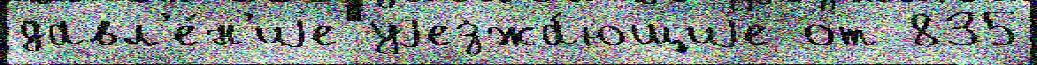
давл'е́н'иjе уjезжа́ющиjе от 835